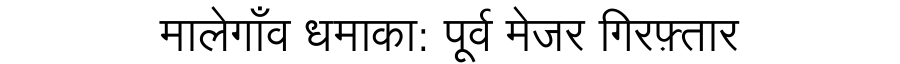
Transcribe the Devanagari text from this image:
मालेगाँव धमाका: पूर्व मेजर गिरफ़्तार